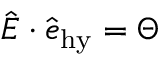
\hat { \boldsymbol { { \cal E } } } \cdot \hat { \boldsymbol { e } } _ { \mathrm { h y } } = \Theta